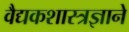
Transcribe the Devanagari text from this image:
वैद्यकशास्त्रज्ञाने